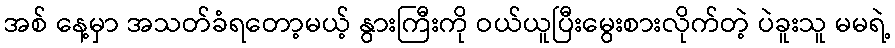
အစ် နေ့မှာ အသတ်ခံရတော့မယ့် နွားကြီးကို ဝယ်ယူပြီးမွေးစားလိုက်တဲ့ ပဲခူးသူ မမရဲ့